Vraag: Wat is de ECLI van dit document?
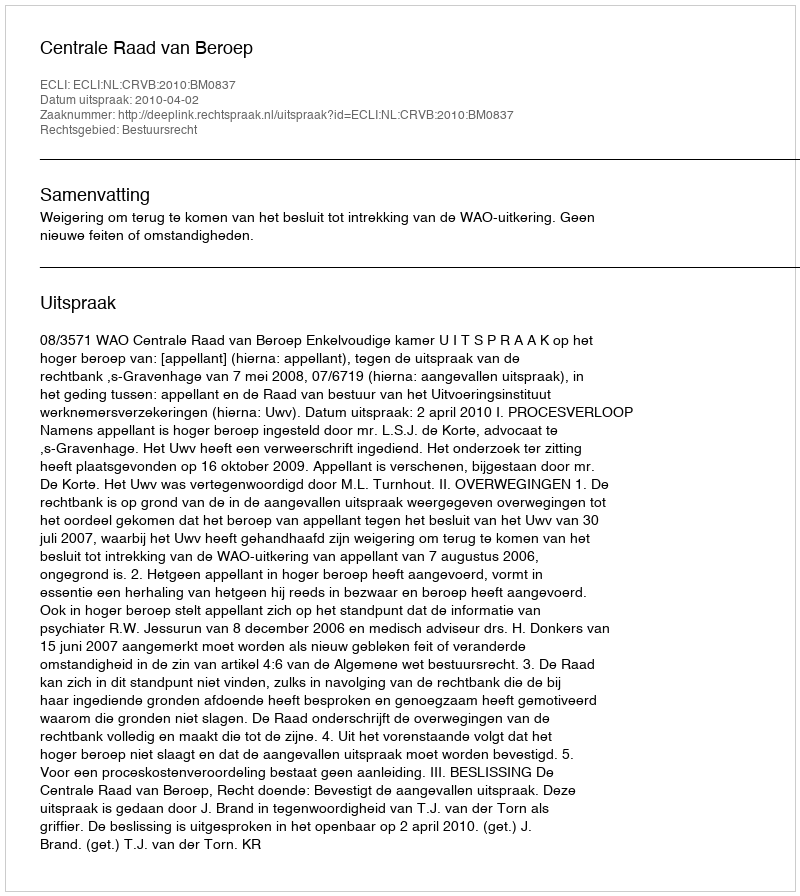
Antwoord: ECLI:NL:CRVB:2010:BM0837